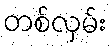
တစ်လှမ်း